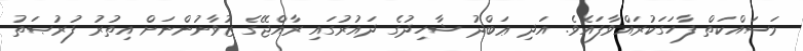
މަސައްކަތް ފާހަގަކުރައްވާފައެވެ. އަދި ޢަބްދު ޝާހިދުގެ ދައުރުގައި ރާއްޖޭގެ ޒުވާނުންނަށް އިތުރު ފުރުޞަތު